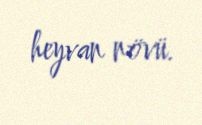
heyvan növü.